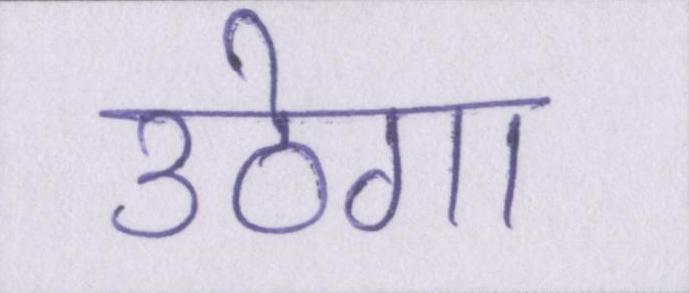
उठेगा